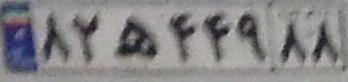
۸۲ه۴۴۹۸۸